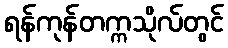
ရန်ကုန်တက္ကသိုလ်တွင်